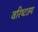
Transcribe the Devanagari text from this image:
वरिष्‍टतम